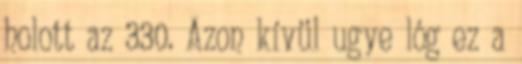
holott az 330. Azon kívül ugye lóg ez a